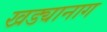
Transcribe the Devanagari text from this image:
खड्यानाग